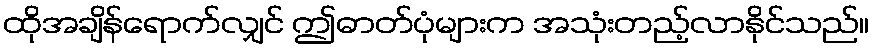
ထိုအချိန်ရောက်လျှင် ဤဓာတ်ပုံများက အသုံးတည့်လာနိုင်သည်။